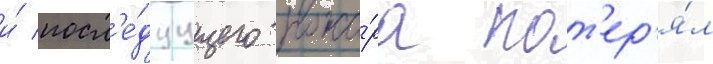
и́ посл'е́дуущего пожа́ра пот'ер'я́л